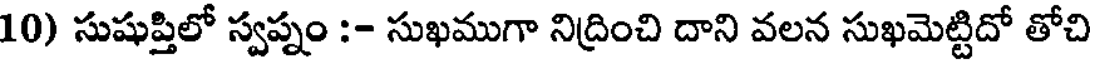
10) సుషుప్తిలో స్వప్నం :- సుఖముగా నిద్రించి దాని వలన సుఖమెట్టిదో తోచి